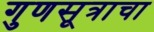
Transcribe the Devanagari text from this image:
गुणसूत्राचा